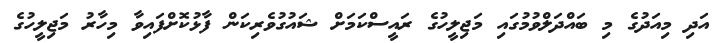
އަދި މިއަދުގެ މި ބައްދަލްވުމުގައި މަޖިލީހުގެ ރައީސްކަމަށް ޝައުގުވެރިކަން ފާޅުކޮށްފައިވާ މިހާރު މަޖިލީހުގެ